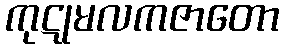
ကုဋုမလကဇာတော